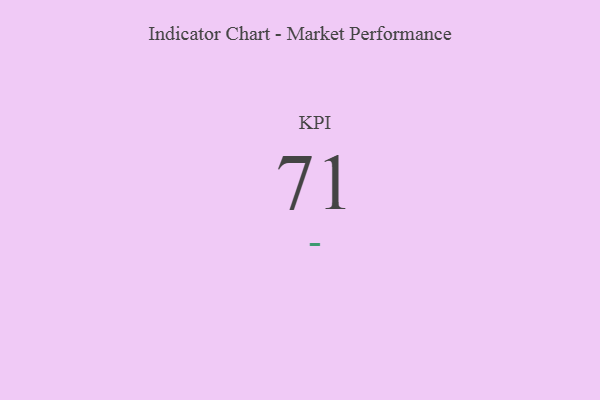
{"axis": {"x": "KPI", "y": "Value"}, "legend": [""], "data": [{"x": "KPI", "y": 71, "type": ""}]}